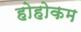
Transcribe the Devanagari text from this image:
होहोकम